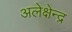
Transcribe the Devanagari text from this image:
अलेक्षेन्द्र